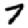
Digit: 7